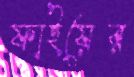
ফাইয়ের